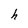
Character: h